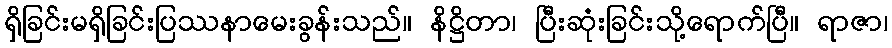
ရှိခြင်းမရှိခြင်းပြဿနာမေးခွန်းသည်။ နိဋ္ဌိတာ၊ ပြီးဆုံးခြင်းသို့ရောက်ပြီ။ ရာဇာ၊